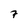
Character: 7